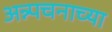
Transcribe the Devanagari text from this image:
अन्न्पचनाच्या